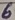
Text: 6